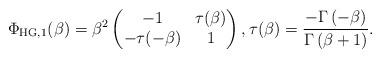
LaTeX: \begin{align*}\Phi_{\mathrm{HG},1}(\beta) = \beta^{2} \begin{pmatrix}-1 & \tau(\beta) \\ - \tau(-\beta) & 1\end{pmatrix}, \tau(\beta) = \frac{- \Gamma\left( -\beta \right)}{\Gamma\left( \beta + 1 \right)}.\end{align*}